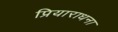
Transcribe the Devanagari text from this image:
प्रियाराधना